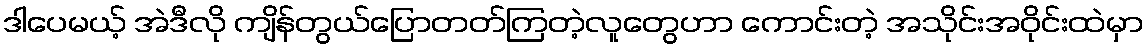
ဒါပေမယ့် အဲဒီလို ကျိန်တွယ်ပြောတတ်ကြတဲ့လူတွေဟာ ကောင်းတဲ့ အသိုင်းအဝိုင်းထဲမှာ